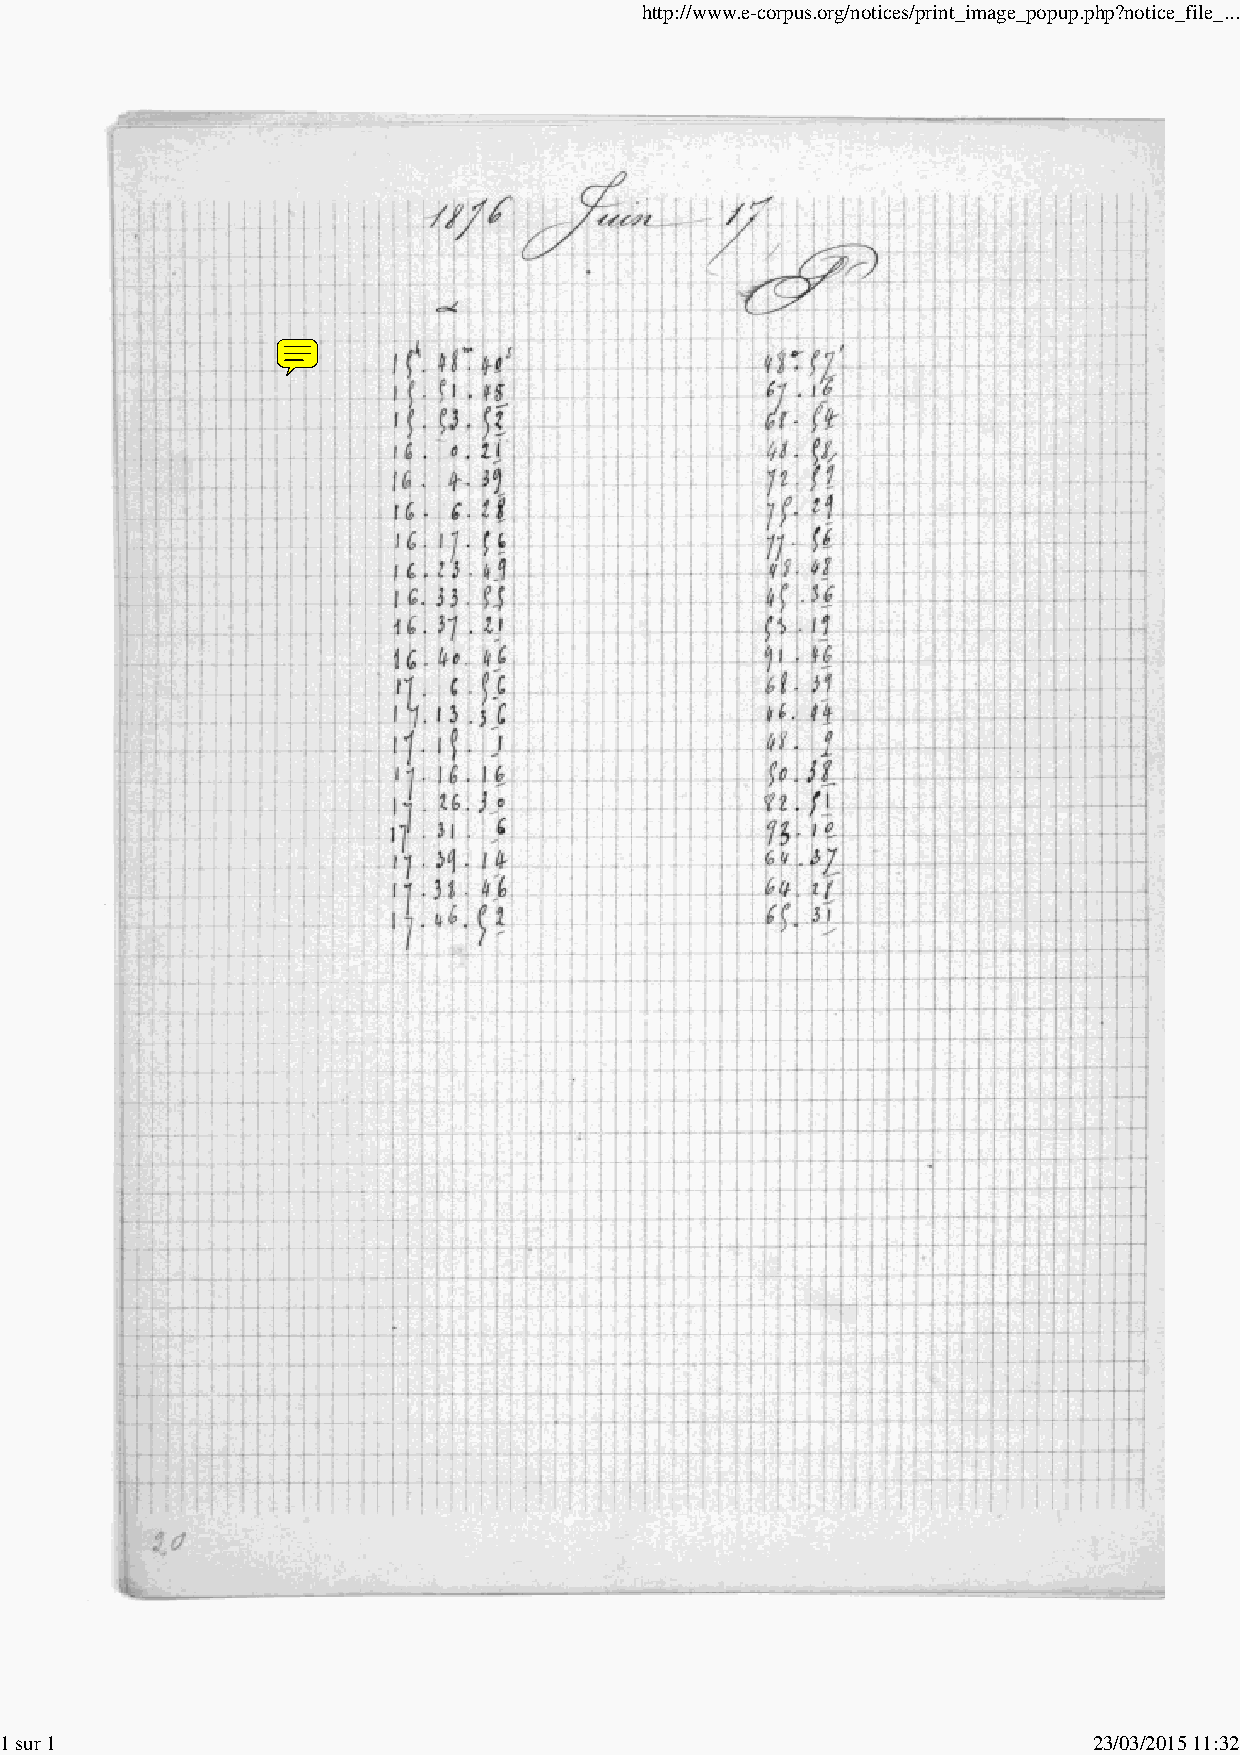
http://www.e-corpus.org/notices/print_image_popup.php?notice_file_...
 1 sur 1                                                                 23/03/2015 11:32